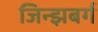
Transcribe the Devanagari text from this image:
जिन्झबर्ग